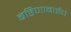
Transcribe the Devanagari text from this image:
बहिणाबाईचं